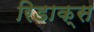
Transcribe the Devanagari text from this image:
रिडाक्स